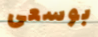
بوسعى